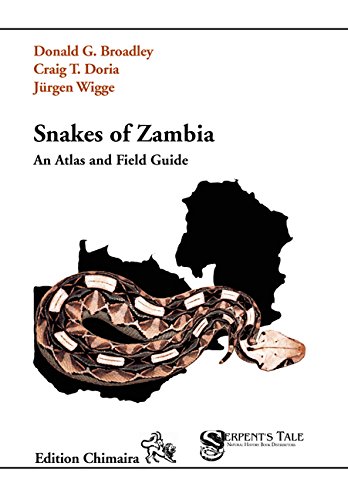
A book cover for Snakes of Zambia, An Atlas and Field Guide; Donald G. Broadley; Travel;